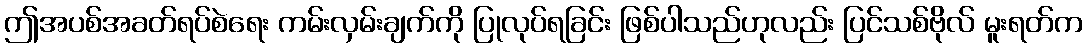
ဤအပစ်အခတ်ရပ်စဲရေး ကမ်းလှမ်းချက်ကို ပြုလုပ်ရခြင်း ဖြစ်ပါသည်ဟုလည်း ပြင်သစ်ဗိုလ် မူးရတ်က